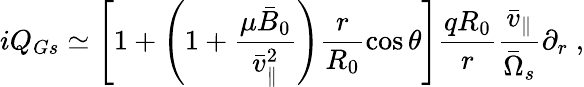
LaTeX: iQ_{Gs}\simeq\left[1+\left(1+\frac{\mu\bar{B}_{0}}{\bar{v}_{\parallel}^{2}}\right)\frac{r}{R_{0}}\cos\theta\right]\frac{qR_{0}}{r}\frac{\bar{v}_{\parallel}}{\bar{\Omega}_{s}}\partial_{r}\; ,